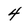
Character: 4